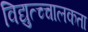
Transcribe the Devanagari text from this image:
विद्युत्च्चालकता